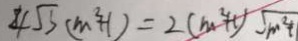
4 \sqrt { 3 } ( m ^ { 2 } + 1 ) = 2 ( m ^ { 2 } + 1 ) \sqrt { m ^ { 2 } + }